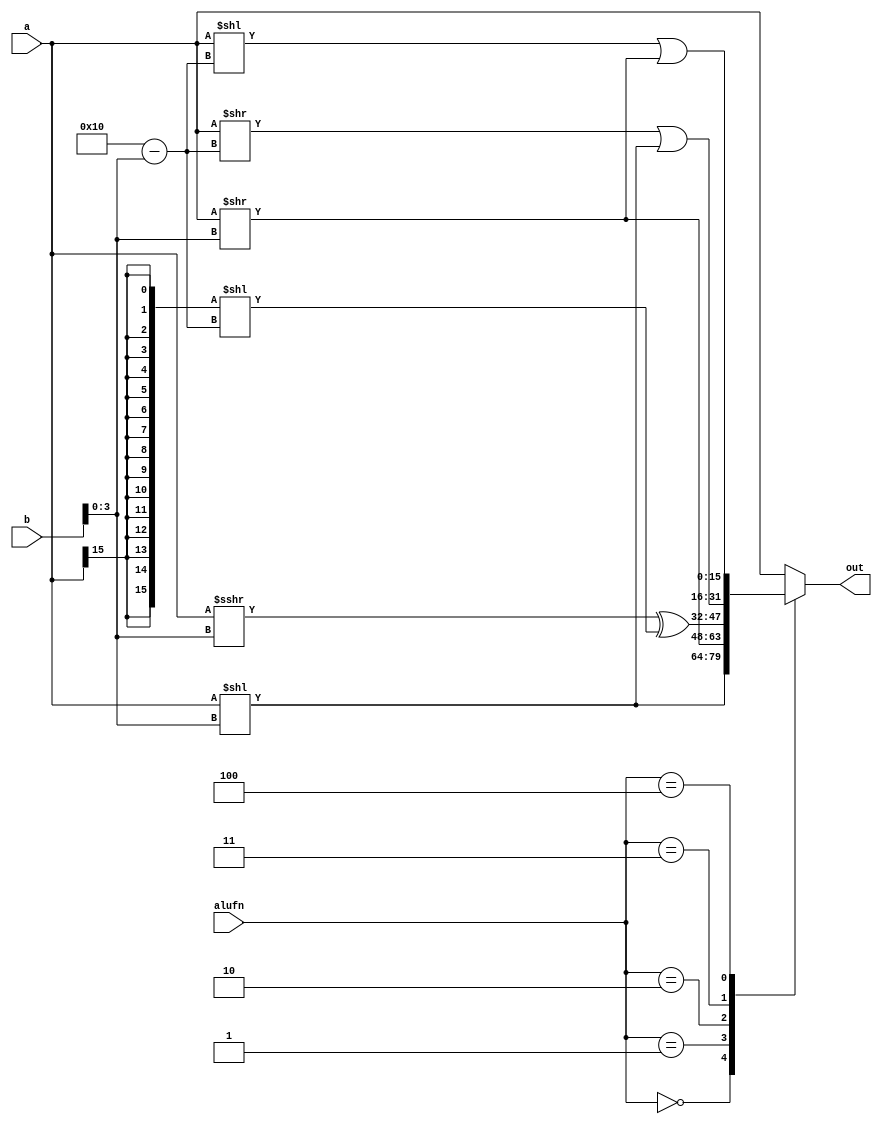
module bitshift_13 (
    input [15:0] a,
    input [15:0] b,
    input [2:0] alufn,
    output reg [15:0] out
  );
  
  
  
  always @* begin
    
    case (alufn)
      1'h0: begin
        out = a << b[0+3-:4];
      end
      1'h1: begin
        out = a >> b[0+3-:4];
      end
      2'h2: begin
        out = a >>> b[0+3-:4] ^ ({5'h10{a[15+0-:1]}} << (5'h10 - b[0+3-:4]));
      end
      2'h3: begin
        out = (a >> (5'h10 - b[0+3-:4])) | (a << b[0+3-:4]);
      end
      3'h4: begin
        out = (a << (5'h10 - b[0+3-:4])) | (a >> b[0+3-:4]);
      end
      default: begin
        out = a;
      end
    endcase
  end
endmodule